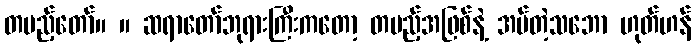
တပည့်တော်။ ။ ဆရာတော်ဘုရားကြီးကတော့ တပည့်အဖြစ်နဲ့ အပ်တဲ့သဘော ဟုတ်ဟန်